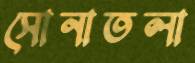
সোনাতলা